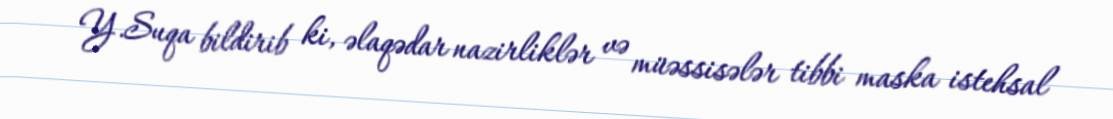
Y.Suqa bildirib ki, əlaqədar nazirliklər və müəssisələr tibbi maska istehsal